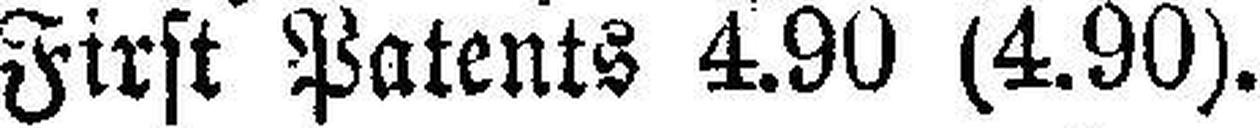
First Patents 4.90 (4.90).